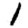
Digit: 1